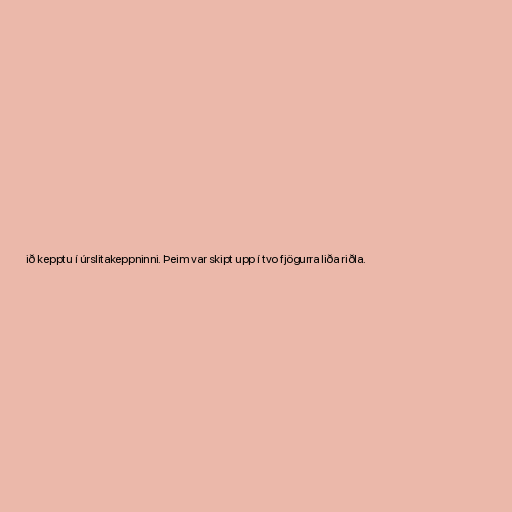
ið kepptu í úrslitakeppninni. Þeim var skipt upp í tvo fjögurra liða riðla.